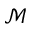
\mathcal { M }